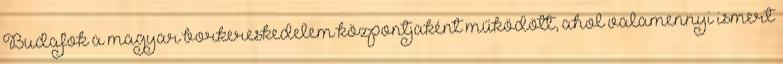
Budafok a magyar borkereskedelem központjaként működött, ahol valamennyi ismert